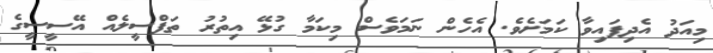
މިއަދު އެދިފައިވާ ކަމަށެވެ. އެހެން ނަމަވެސް މިކަމާ ގުޅޭ އިތުރު ތަފްސީލެއް އޭސީސީގެ